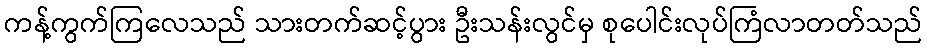
ကန့်ကွက်ကြလေသည် သားတက်ဆင့်ပွား ဦးသန်းလွင်မှ စုပေါင်းလုပ်ကြံလာတတ်သည်